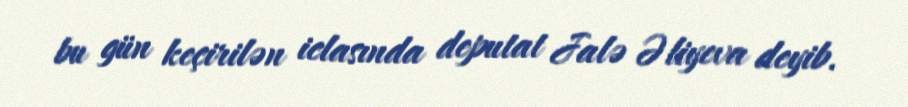
bu gün keçirilən iclasında deputat Jalə Əliyeva deyib.